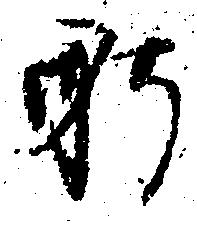
躬